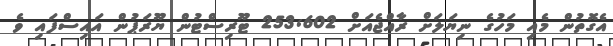
އެގޮތުން މެއި މަހުގެ ނިޔަލަށް ރާއްޖެއަށް 253